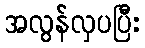
အလွန်လှပပြီး